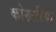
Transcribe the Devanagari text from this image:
कोरुत्तीया